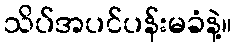
သိပ်အပင်ပန်းမခံနဲ့။